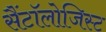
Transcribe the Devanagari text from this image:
सैंटॉलोजिस्ट